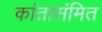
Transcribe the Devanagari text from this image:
कांतासंमित